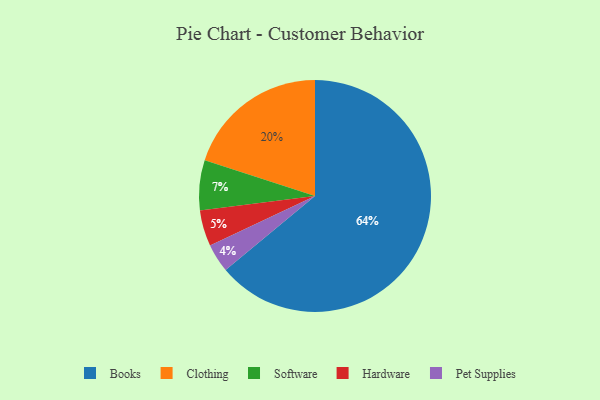
{"axis": {"x": "Category", "y": "Percentage"}, "legend": ["Books", "Clothing", "Hardware", "Pet Supplies", "Software"], "data": [{"x": "Hardware", "y": 5, "type": "Hardware"}, {"x": "Pet Supplies", "y": 4, "type": "Pet Supplies"}, {"x": "Books", "y": 64, "type": "Books"}, {"x": "Clothing", "y": 20, "type": "Clothing"}, {"x": "Software", "y": 7, "type": "Software"}]}